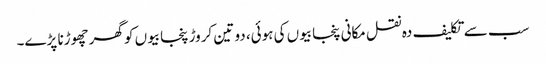
سب سے تکلیف دہ نقل مکانی پنجابیوں کی ہوئی، دو تین کروڑ پنجابیوں کو گھر چھوڑنا پڑے۔